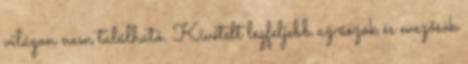
világon nem található. Kivételt legfeljebb az úszók és evezősök